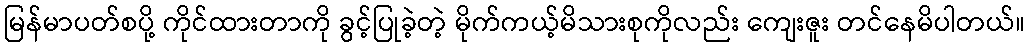
မြန်မာပတ်စပို့ ကိုင်ထားတာကို ခွင့်ပြုခဲ့တဲ့ မိုက်ကယ့်မိသားစုကိုလည်း ကျေးဇူး တင်နေမိပါတယ်။